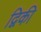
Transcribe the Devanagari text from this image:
द्विकी